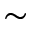
\sim